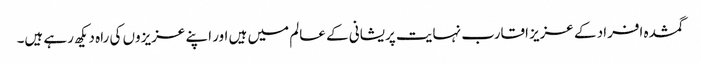
گمشدہ افراد کے عزیز اقارب نہایت پریشانی کے عالم میں ہیں اور اپنے عزیزوں کی راہ دیکھ رہے ہیں۔